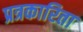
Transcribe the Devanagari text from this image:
प्रत्रकारिता